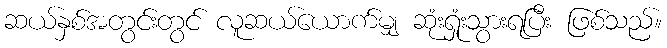
ဆယ်နှစ်အတွင်းတွင် လူဆယ်ယောက်မျှ ဆုံးရှုံးသွားရပြီး ဖြစ်သည်။